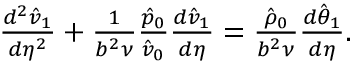
\begin{array} { r } { \frac { d ^ { 2 } \hat { v } _ { 1 } } { d \eta ^ { 2 } } + \frac { 1 } { b ^ { 2 } \nu } \frac { \hat { p } _ { 0 } } { \hat { v } _ { 0 } } \frac { d \hat { v } _ { 1 } } { d \eta } = \frac { \hat { \rho } _ { 0 } } { b ^ { 2 } \nu } \frac { d \hat { \theta } _ { 1 } } { d \eta } . } \end{array}